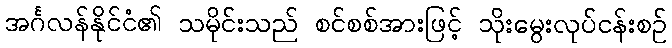
အင်္ဂလန်နိုင်ငံ၏ သမိုင်းသည် စင်စစ်အားဖြင့် သိုးမွေးလုပ်ငန်းစဉ်